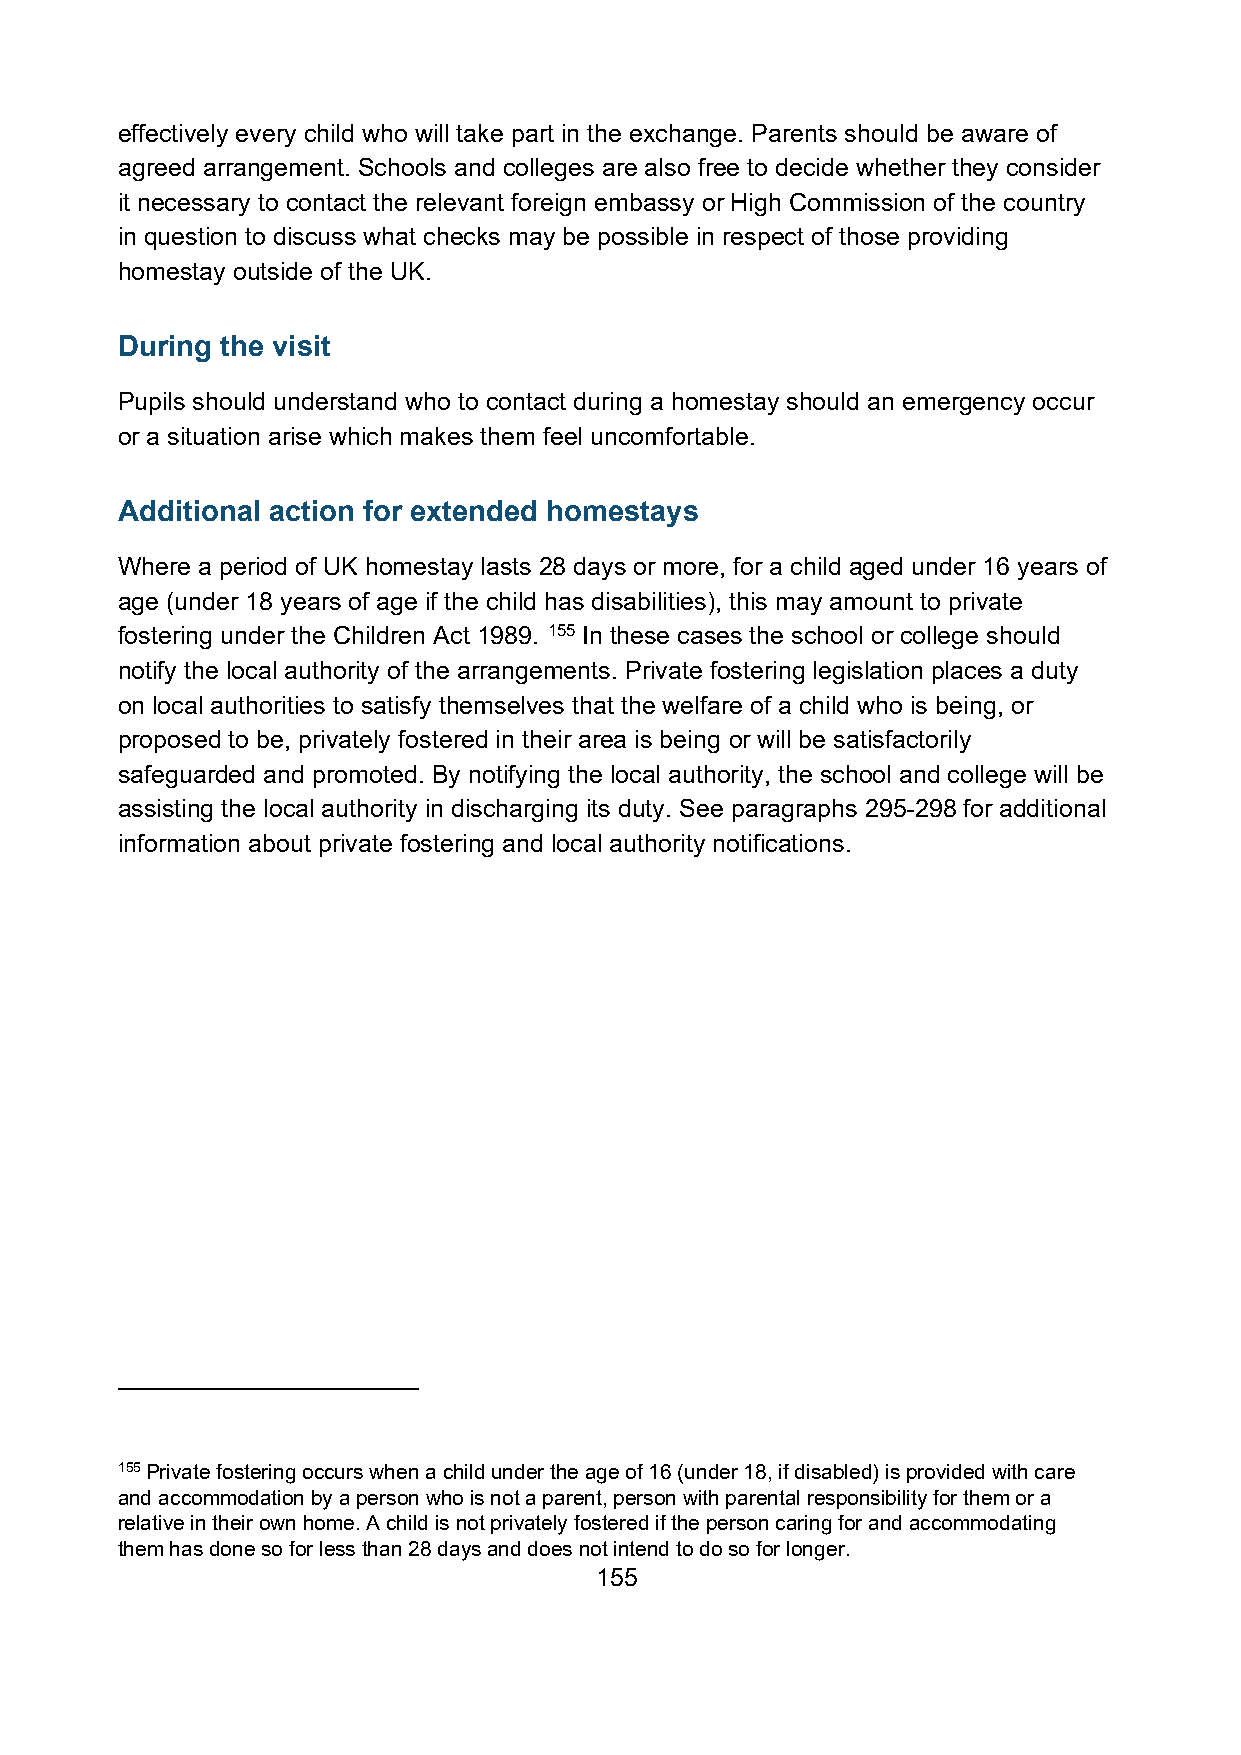
effectively every child who will take part in the exchange. Parents should be aware of
 agreed arrangement. Schools and colleges are also free to decide whether they consider
 it necessary to contact the relevant foreign embassy or High Commission of the country
 in question to discuss what checks may be possible in respect of those providing
 homestay outside of the UK.
 During the visit
 Pupils should understand who to contact during a homestay should an emergency occur
 or a situation arise which makes them feel uncomfortable.
 Additional action for extended homestays
 Where a period of UK homestay lasts 28 days or more, for a child aged under 16 years of
 age (under 18 years of age if the child has disabilities), this may amount to private
 fostering under the Children Act 1989. 155 In these cases the school or college should
 notify the local authority of the arrangements. Private fostering legislation places a duty
 on local authorities to satisfy themselves that the welfare of a child who is being, or
 proposed to be, privately fostered in their area is being or will be satisfactorily
 safeguarded and promoted. By notifying the local authority, the school and college will be
 assisting the local authority in discharging its duty. See paragraphs 295-298 for additional
 information about private fostering and local authority notifications.
 155 Private fostering occurs when a child under the age of 16 (under 18, if disabled) is provided with care
 and accommodation by a person who is not a parent, person with parental responsibility for them or a
 relative in their own home. A child is not privately fostered if the person caring for and accommodating
 them has done so for less than 28 days and does not intend to do so for longer.
 155